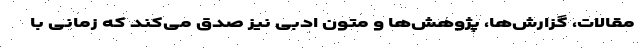
مقالات، گزارش‌ها، پژوهش‌ها و متون ادبی نیز صدق می‌کند که زمانی با